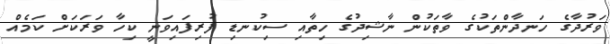
ވަރުދާގެ ހަނދާންތަކުގެ ވާތަކުން ނާޝިދުގެ ހިތާއި ސިކުނޑި ފުރިފައިވަނީ ކިހާ ވަރަކަށް ކަމެއް